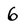
Character: 6